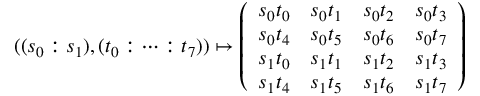
( ( s _ { 0 } : s _ { 1 } ) , ( t _ { 0 } : \dots : t _ { 7 } ) ) \mapsto \left( \begin{array} { l l l l } { s _ { 0 } t _ { 0 } } & { s _ { 0 } t _ { 1 } } & { s _ { 0 } t _ { 2 } } & { s _ { 0 } t _ { 3 } } \\ { s _ { 0 } t _ { 4 } } & { s _ { 0 } t _ { 5 } } & { s _ { 0 } t _ { 6 } } & { s _ { 0 } t _ { 7 } } \\ { s _ { 1 } t _ { 0 } } & { s _ { 1 } t _ { 1 } } & { s _ { 1 } t _ { 2 } } & { s _ { 1 } t _ { 3 } } \\ { s _ { 1 } t _ { 4 } } & { s _ { 1 } t _ { 5 } } & { s _ { 1 } t _ { 6 } } & { s _ { 1 } t _ { 7 } } \end{array} \right)